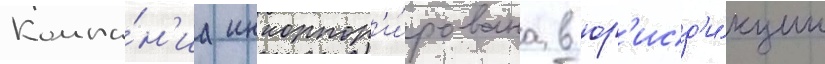
Компа́н'иа инкорпор'и́рована в юр'исд'и́кции